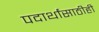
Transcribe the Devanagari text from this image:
पदार्थांसाठीही